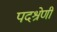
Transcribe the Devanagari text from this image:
पदश्रेणी